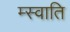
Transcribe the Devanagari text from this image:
म्स्वाति